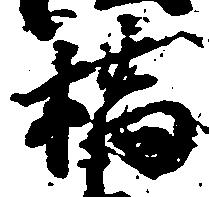
橋